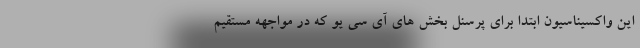
این واکسیناسیون ابتدا برای پرسنل بخش های آی سی یو که در مواجهه مستقیم